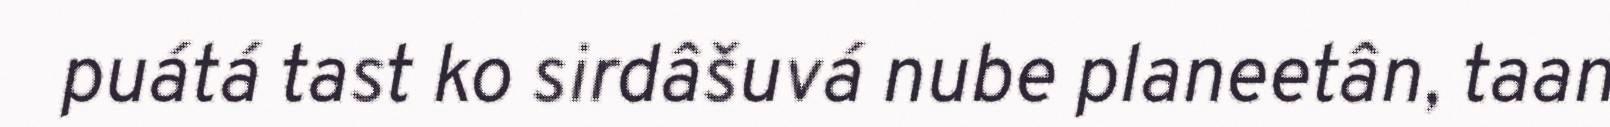
puátá tast ko sirdâšuvá nube planeetân, taan